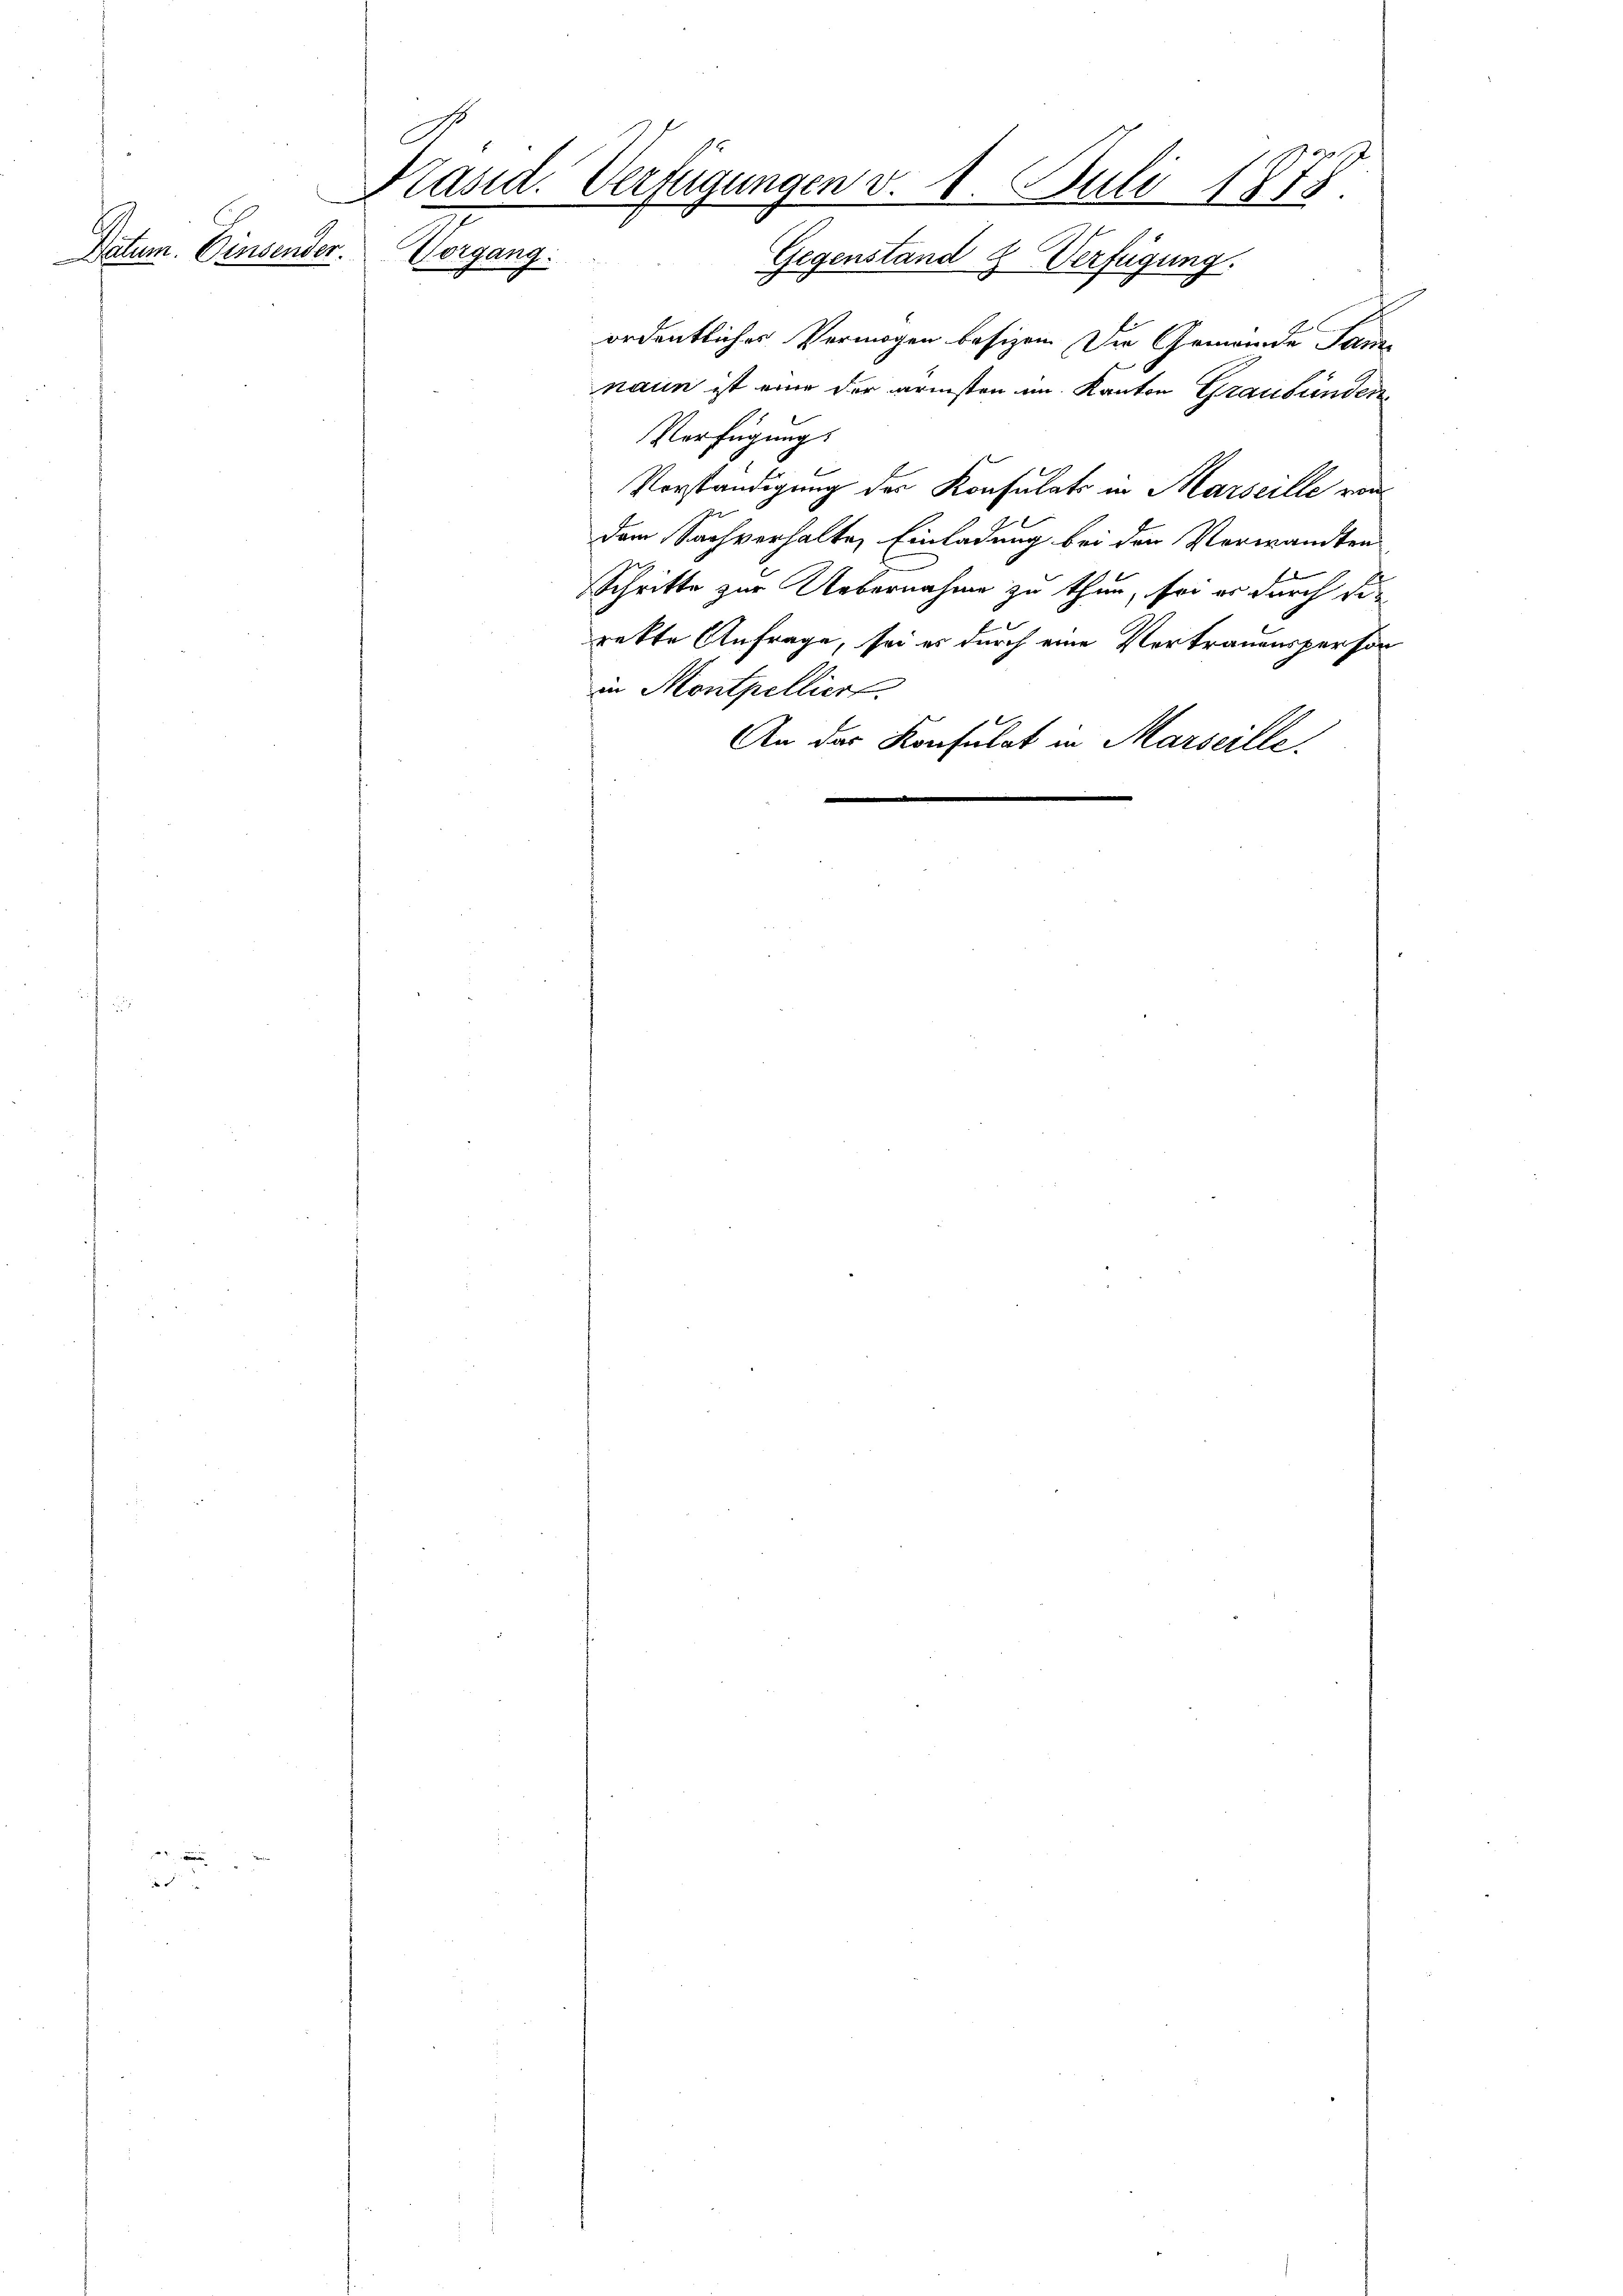
Datum. Einsender.

G
Präsid. Verfügungen v. 1. Juli 1878.
S
Gegenstand 2 Verfügung.

ordentlicher Vermögen besizen. Die Gemeinde Sam
naun ist eine der armsten im Kanton Graubünden
Verfügung.
Vorständigung des Konsulats in Marseille von
e
dem Sachverhalte Einladung bei den Vorwandten
Je
Schritte zur Uebernahme zu thun, sei er durch die
rekte Anfrage, sei es durch eine Vertrauensperson
in Montpelliert.
An das Konsulat in Marseille,